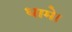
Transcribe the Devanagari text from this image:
धामे।